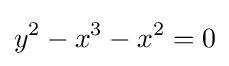
y^{2}-x^{3}-x^{2}=0